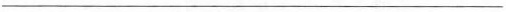
___